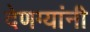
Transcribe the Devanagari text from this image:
देणग्यांनी